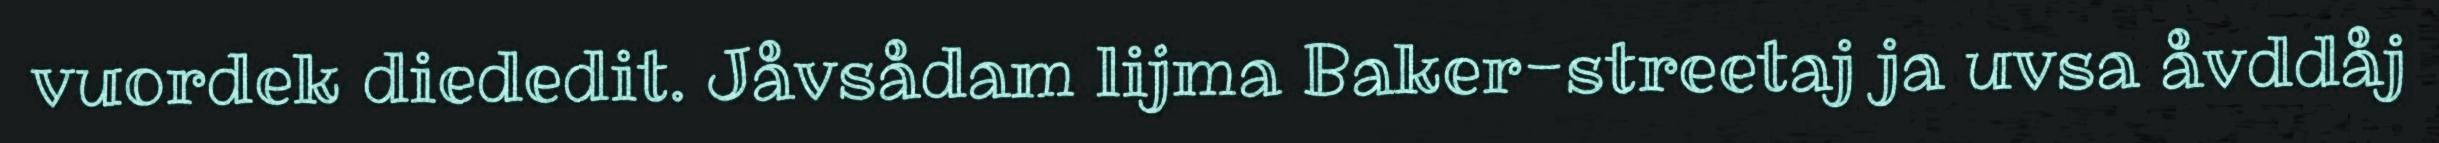
vuordek diededit. Jåvsådam lijma Baker-streetaj ja uvsa åvddåj